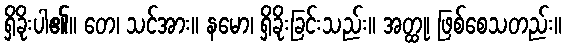
ရှိခိုးပါ၏။ တေ၊ သင်အား။ နမော၊ ရှိခိုးခြင်းသည်း။ အတ္ထု၊ ဖြစ်စေသတည်း။